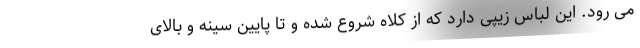
می رود. این لباس زیپی دارد که از کلاه شروع شده و تا پایین سینه و بالای